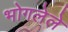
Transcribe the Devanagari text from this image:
भोगलेले